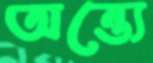
অন্ত্যে